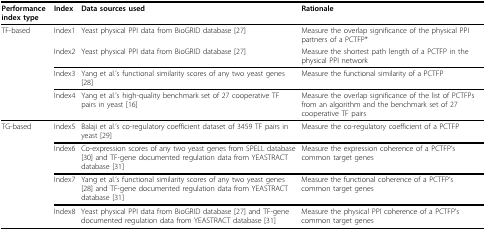
| Performance index type | Index | Data sources used | Rationale |
 | --- | --- | --- | --- |
 | TF-based | Index1 | Yeast physical PPI data from BioGRID database [27] | Measure the overlap significance of the physical PPI partners of a PCTFP* |
 |  | Index2 | Yeast physical PPI data from BioGRID database [27] | Measure the shortest path length of a PCTFP in the physical PPI network |
 |  | Index3 | Yang et al.'s functional similarity scores of any two yeast genes [28] | Measure the functional similarity of a PCTFP |
 |  | Index4 | Yang et al.'s high-quality benchmark set of 27 cooperative TF pairs in yeast [16] | Measure the overlap significance of the list of PCTFPs from an algorithm and the benchmark set of 27 cooperative TF pairs |
 | TG-based | Index5 | Balaji et al.'s co-regulatory coefficient dataset of 3459 TF pairs in yeast [29] | Measure the co-regulatory coefficient of a PCTFP |
 |  | Index6 | Co-expression scores of any two yeast genes from SPELL database [30] and TF-gene documented regulation data from YEASTRACT database [31] | Measure the expression coherence of a PCTFP's common target genes |
 |  | Index7 | Yang et al.'s functional similarity scores of any two yeast genes [28] and TF-gene documented regulation data from YEASTRACT database [31] | Measure the functional coherence of a PCTFP's common target genes |
 |  | Index8 | Yeast physical PPI data from BioGRID database [27] and TF-gene documented regulation data from YEASTRACT database [31] | Measure the physical PPI coherence of a PCTFP's common target genes |